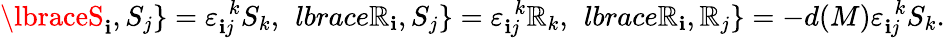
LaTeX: \lbraceS_{\mathbf{i}},S_{j}\rbrace=\varepsilon_{\mathbf{i}j}^{\ \ k}S_{k},\ \, lbrace\mathbb{R}_{\mathbf{i}},S_{j}\rbrace=\varepsilon_{\mathbf{i}j}^{\ \ k}\mathbb{R}_{k},\ \, lbrace\mathbb{R}_{\mathbf{i}},\mathbb{R}_{j}\rbrace=-d(M)\varepsilon_{\mathbf{i}j}^{\ \ k}S_{k}.